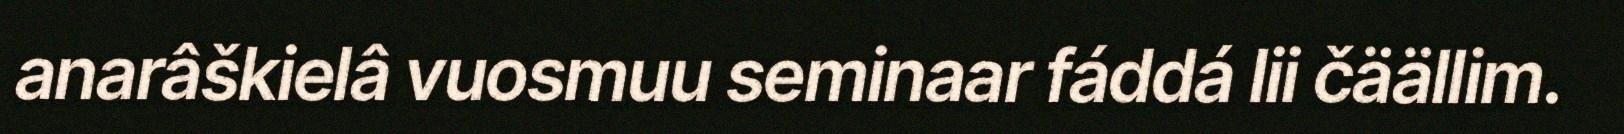
anarâškielâ vuosmuu seminaar fáddá lii čäällim.